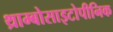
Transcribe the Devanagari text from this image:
थ्राम्बोसाइटोपीनिक